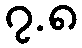
၇.၈